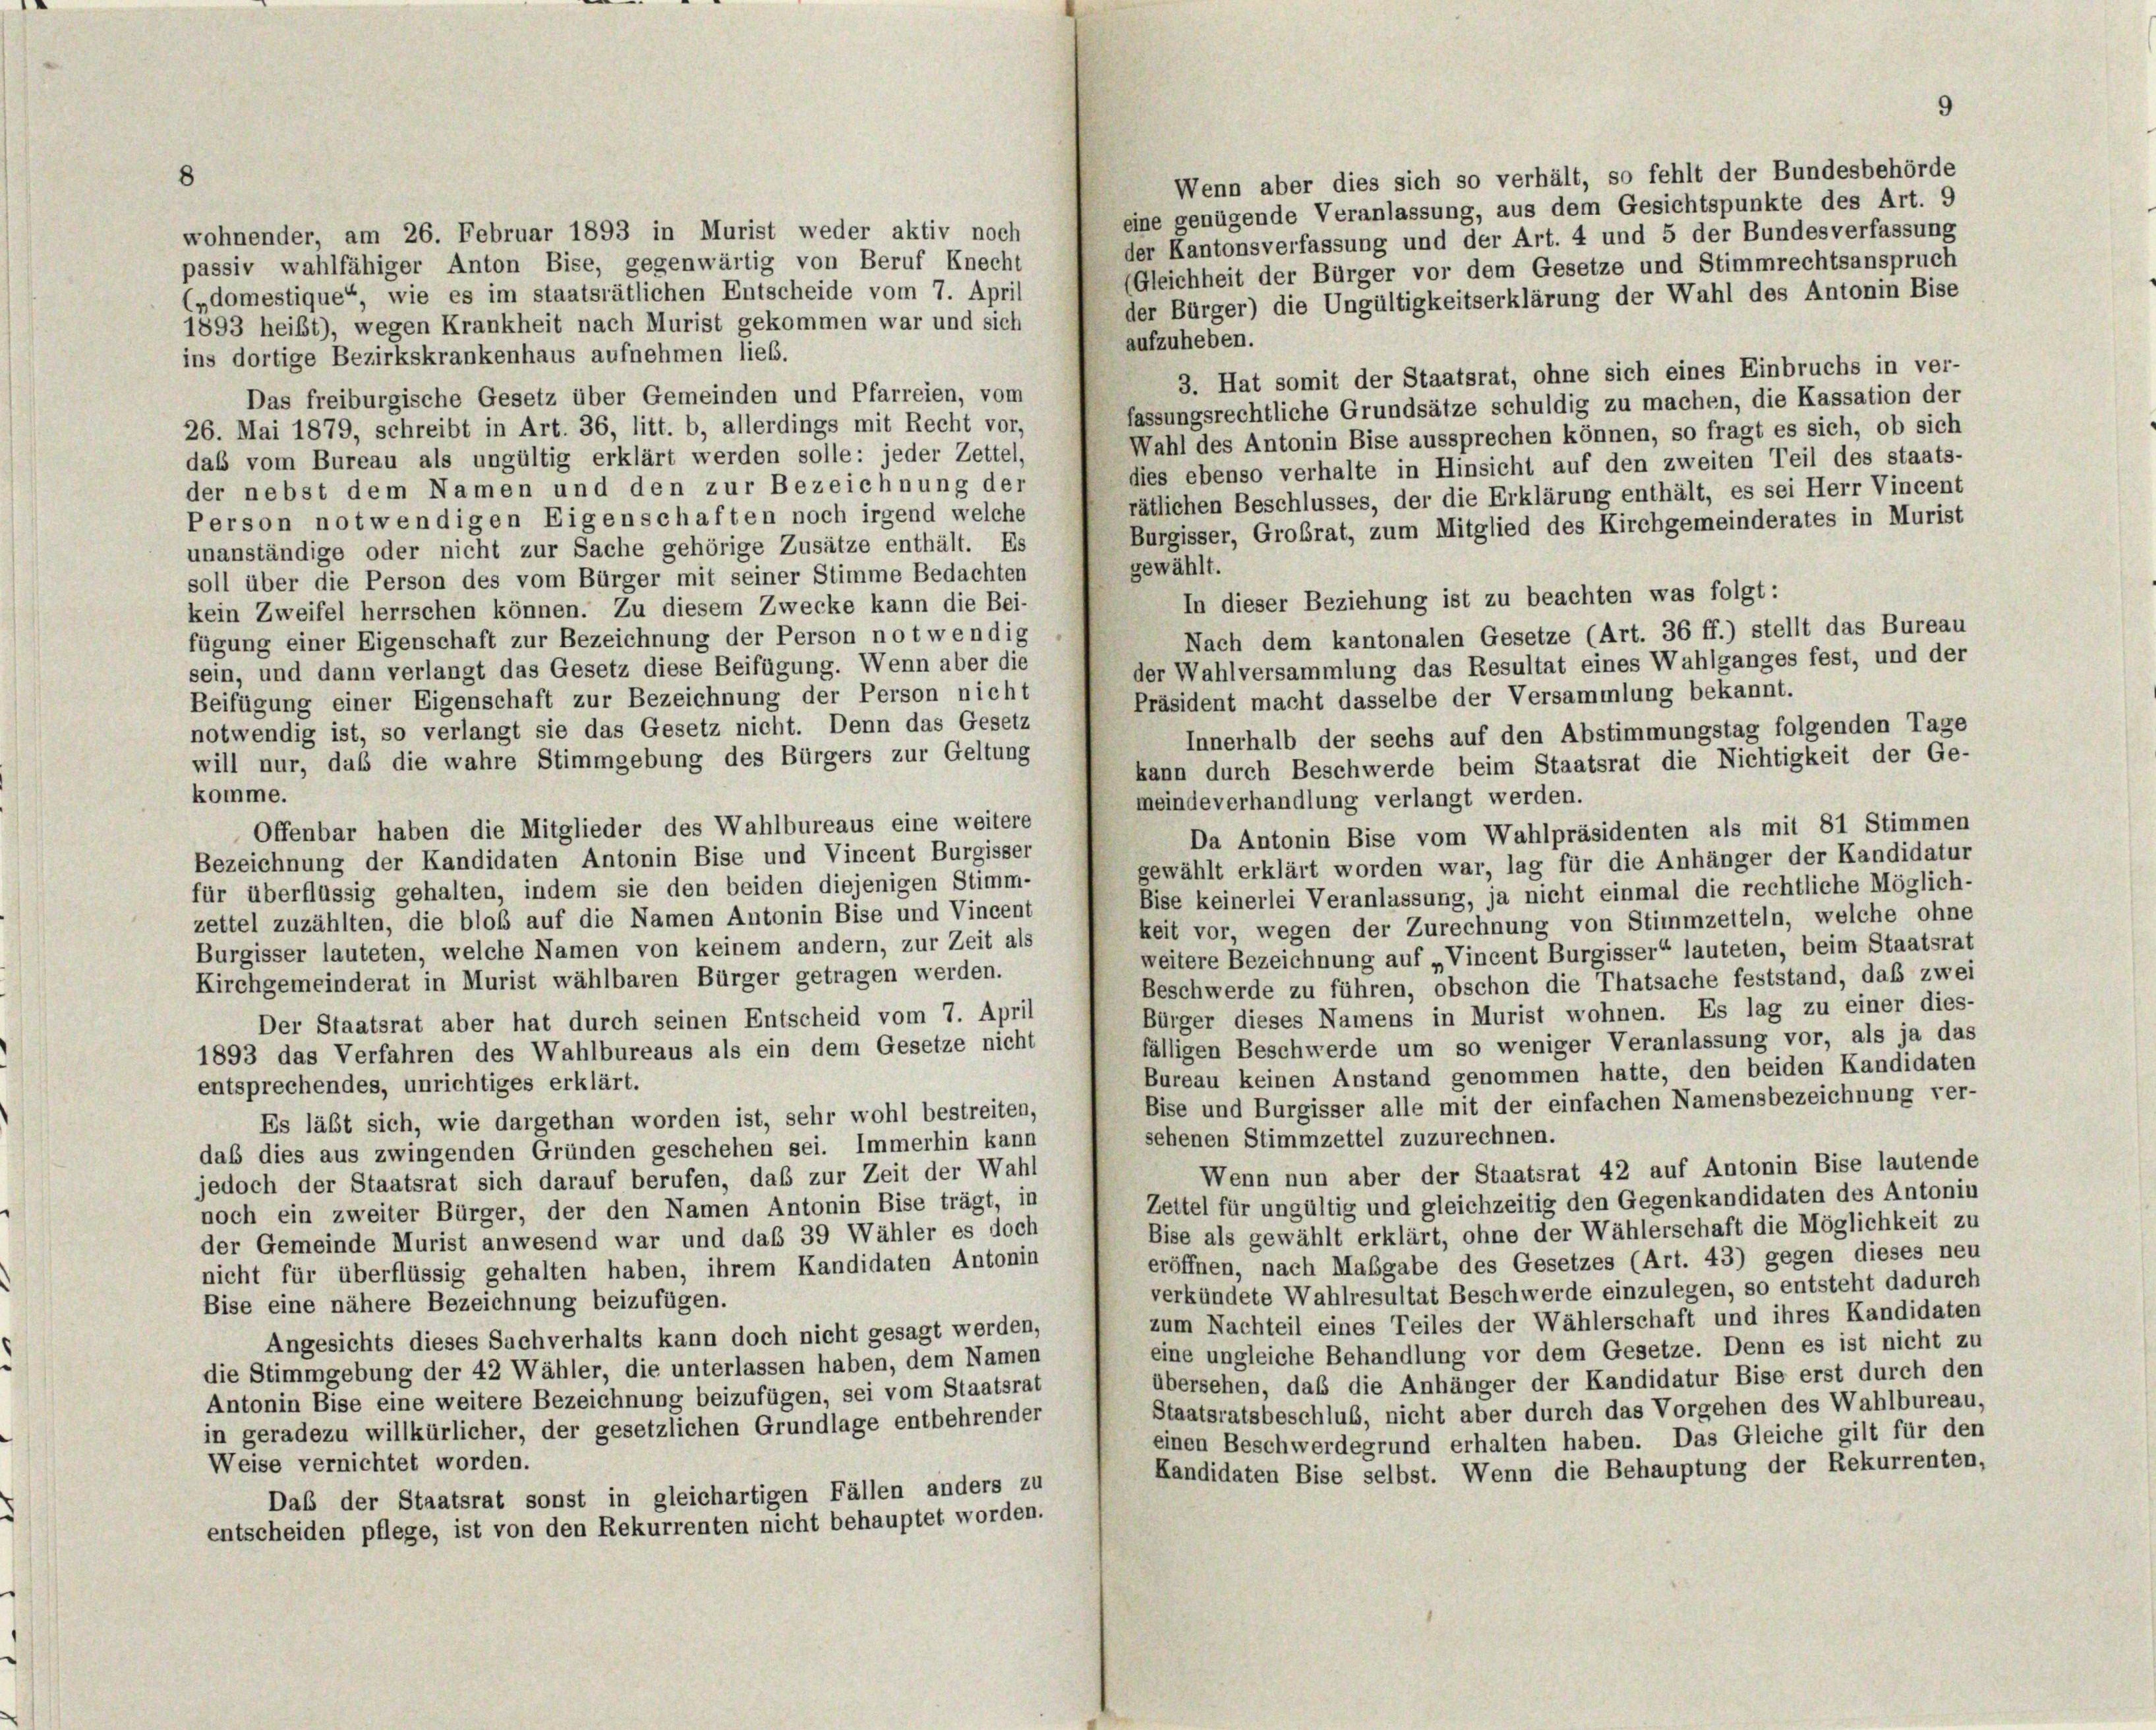
8
wohnender, am 26. Februar 1893 in Murist weder aktiv noch
passiv wahlfähiger Anton Bise, gegenwärtig von Beruf Knecht
(Gleichheit der Bürger vor dem Gesetze und Stimmrechtsanspruch
(„domestique“, wie es im staatsrätlichen Entscheide vom 7. April
der Bürger) die Ungültigkeitserklärung der Wahl des Antonin Bise
1893 heißt), wegen Krankheit nach Murist gekommen war und sich
aufzuheben.
ins dortige Bezirkskrankenhaus aufnehmen lieb.
3. Hat somit der Staatsrat, ohne sich eines Einbruchs in ver-
Das freiburgische Gesetz über Gemeinden und Pfarreien, vom
fassungsrechtliche Grundsätze schuldig zu machen, die Kassation der
26. Mai 1879, schreibt in Art. 36, litt. b, allerdings mit Recht vor,
Wahl des Antonin Bise aussprechen können, so fragt es sich, ob sich
das vom Bureau als ungültig erklärt werden solle: jeder Zettel,
dies ebenso verhalte in Hinsicht auf den zweiten Teil des staats-
der nebst dem Namen und den zur Bezeichnung der
rätlichen Beschlusses, der die Erklärung enthält, es sei Herr Vincent
Person notwendigen Eigenschaften noch irgend welche
Burgisser, Großrat, zum Mitglied des Kirchgemeinderates in Murist
unanständige oder nicht zur Sache gehörige Zusätze enthält. Es
gewählt.
soll über die Person des vom Bürger mit seiner Stimme Bedachten
In dieser Beziehung ist zu beachten was folgt:
kein Zweifel herrschen können. Zu diesem Zwecke kann die Bei-
Nach dem kantonalen Gesetze (Art. 36 ff.) stellt das Bureau
fügung einer Eigenschaft zur Bezeichnung der Person notwendig
der Wahlversammlung das Resultat eines Wahlganges fest, und der
sein, und dann verlangt das Gesetz diese Beifügung. Wenn aber die
Präsident macht dasselbe der Versammlung bekannt.
Beifügung einer Eigenschaft zur Bezeichnung der Person nicht
notwendig ist, so verlangt sie das Gesetz nicht. Denn das Gesetz
Innerhalb der sechs auf den Abstimmungstag folgenden Tage
will nur, daß die wahre Stimmgebung des Bürgers zur Geltung
kann durch Beschwerde beim Staatsrat die Nichtigkeit der Ge-
komme.
meindeverhandlung verlangt werden.
Offenbar haben die Mitglieder des Wahlbureaus eine weitere
Da Antonin Bise vom Wahlpräsidenten als mit 81 Stimmen
Bezeichnung der Kandidaten Antonin Bise und Vincent Burgisser
gewählt erklärt worden war, lag für die Anhänger der Kandidatur
für überflüssig gehalten, indem sie den beiden diejenigen Stimm-
Bise keinerlei Veranlassung, ja nicht einmal die rechtliche Möglich-
zettel zuzählten, die bloß auf die Namen Antonin Bise und Vincent
keit vor, wegen der Zurechnung von Stimmzeiteln, welche ohne
Burgisser lauteten, welche Namen von keinem andern, zur Zeit als
weitere Bezeichnung auf „Vincent Burgisser“ lauteten, beim Staatsrat
Kirchgemeinderat in Murist wählbaren Bürger getragen werden.
Beschwerde zu führen, obschon die Thatsache feststand, daß zwei
Bürger dieses Namens in Murist wohnen. Es lag zu einer dies-
Der Staatsrat aber hat durch seinen Entscheid vom 7. April
fälligen Beschwerde um so weniger Veranlassung vor, als ja das
1893 das Verfahren des Wahlbureaus als ein dem Gesetze nicht
Bureau keinen Anstand genommen hatte, den beiden Kandidaten
entsprechendes, unrichtiges erklärt.
Bise und Burgisser alle mit der einfachen Namensbezeichnung ver-
Es läßt sich, wie dargethan worden ist, sehr wohl bestreiten,
sehenen Stimmzettel zuzurechnen.
das dies aus zwingenden Gründen geschehen sei. Immerhin kann
Wenn nun aber der Staatsrat 42 auf Antonin Bise lautende
jedoch der Staatsrat sich darauf berufen, daß zur Zeit der Wahl
Zeitel für ungültig und gleichzeitig den Gegenkandidaten des Antoniu
noch ein zweiter Bürger, der den Namen Antonin Bise trägt, in
Bise als gewählt erklärt, ohne der Wählerschaft die Möglichkeit zu
der Gemeinde Murist anwesend war und das 39 Wähler es doch
eröffnen, nach Maßgabe des Gesetzes (Art. 43) gegen dieses neu
nicht für überflüssig gehalten haben, ihrem Kandidaten Antonin
verkündete Wahlresultat Beschwerde einzulegen, so entsteht dadurch
Bise eine nähere Bezeichnung beizufügen.
zum Nachteil eines Teiles der Wählerschaft und ihres Kandidaten
Angesichts dieses Sachverhalts kann doch nicht gesagt werden,
eine ungleiche Behandlung vor dem Gesetze. Denn es ist nicht zu
die Stimmgebung der 42 Wähler, die unterlassen haben, dem Namen
übersehen, daß die Anhänger der Kandidatur Bise erst durch den
Antonin Bise eine weitere Bezeichnung beizufügen, sei vom Staatsrat
Staatsratsbeschluß, nicht aber durch das Vorgehen des Wahlbureau,
in geradezu willkürlicher, der gesetzlichen Grundlage entbehrender
einen Beschwerdegrund erhalten haben. Das Gleiche gilt für den
Weise vernichtet worden.
Kandidaten Bise selbst. Wenn die Behauptung der Rekurrenten,
Daß der Staatsrat sonst in gleichartigen Fällen anders zu
entscheiden pflege, ist von den Rekurrenten nicht behauptet worden.

Wenn aber dies sich so verhält, so fehlt der Bundesbehörde
eine genügende Veranlassung, aus dem Gesichtspunkte des Art. 9
der Kantonsverfassung und der Art. 4 und 5 der Bundesverfassung